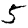
Digit: 5